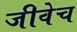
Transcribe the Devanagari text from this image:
जीवेच